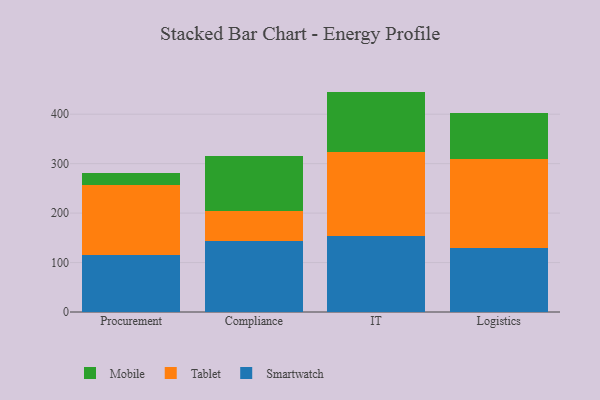
{"axis": {"x": "Department", "y": "Churn Rate (%)"}, "legend": ["Mobile", "Smartwatch", "Tablet"], "data": [{"x": "Procurement", "y": 115.8, "type": "Smartwatch"}, {"x": "Procurement", "y": 141.5, "type": "Tablet"}, {"x": "Procurement", "y": 22.9, "type": "Mobile"}, {"x": "Compliance", "y": 143.0, "type": "Smartwatch"}, {"x": "Compliance", "y": 61.9, "type": "Tablet"}, {"x": "Compliance", "y": 109.7, "type": "Mobile"}, {"x": "IT", "y": 154.7, "type": "Smartwatch"}, {"x": "IT", "y": 169.3, "type": "Tablet"}, {"x": "IT", "y": 121.7, "type": "Mobile"}, {"x": "Logistics", "y": 129.2, "type": "Smartwatch"}, {"x": "Logistics", "y": 179.6, "type": "Tablet"}, {"x": "Logistics", "y": 93.4, "type": "Mobile"}]}